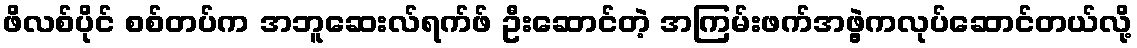
ဖိလစ်ပိုင် စစ်တပ်က အဘူဆေးလ်ရက်ဖ် ဦးဆောင်တဲ့ အကြမ်းဖက်အဖွဲ့ကလုပ်ဆောင်တယ်လို့